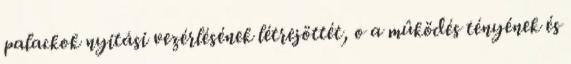
palackok nyitási vezérlésének létrejöttét, o a mûködés tényének és